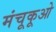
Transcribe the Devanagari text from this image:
मंचूकूओ